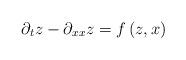
LaTeX: \begin{align*}\partial_{t}z-\partial_{xx}z=f\left(z,x\right)\end{align*}